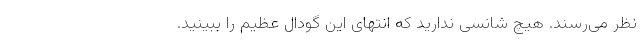
نظر می‌رسند. هیچ شانسی ندارید که انتهای این گودال عظیم را ببینید.